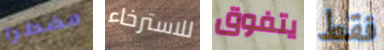
مضطرا للاسترخاء يتفوق فقط